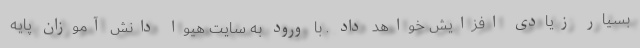
بسیار زیادی افزایش خواهد داد . با ورود به سایت هیوا دانش آموزان پایه